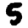
Digit: 5